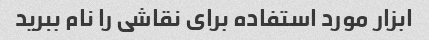
ابزار مورد استفاده برای نقاشی را نام ببرید